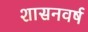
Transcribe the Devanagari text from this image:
शासनवर्ष